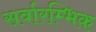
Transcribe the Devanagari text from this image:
सर्वारम्भिक